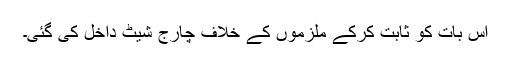
اس بات کو ثابت کرکے ملزموں کے خلاف چارج شیٹ داخل کی گئی۔